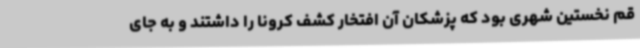
قم نخستین شهری بود که پزشکان آن افتخار کشف کرونا را داشتند و به جای